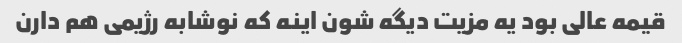
قیمه عالی بود یه مزیت دیگه شون اینه که نوشابه رژیمی هم دارن